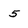
Character: 5